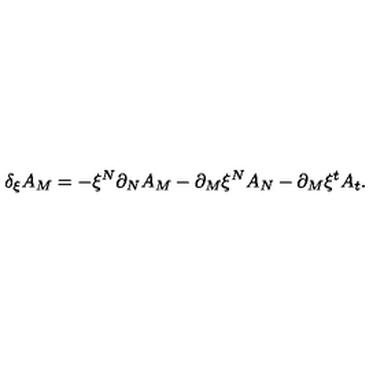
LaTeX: \delta _ { \xi } A _ { M } = - \xi ^ { N } \partial _ { N } A _ { M } - \partial _ { M } \xi ^ { N } A _ { N } - \partial _ { M } \xi ^ { t } A _ { t } .